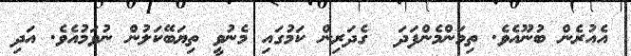
އެއުރެން ބުނޫއެވެ. ތިމަންމެންފަދަ  ގެދަރިން ކަމުގައި މެނުވީ ތިޔަބޭކަލުން ނުވަމުއެވެ. އަދި